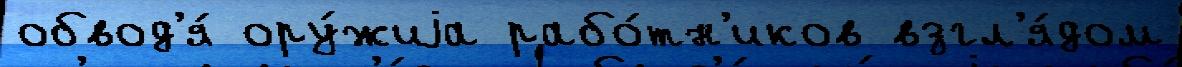
обвод'я́ ору́жиjа рабо́тн'иков взгл'я́дом